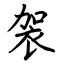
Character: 袈